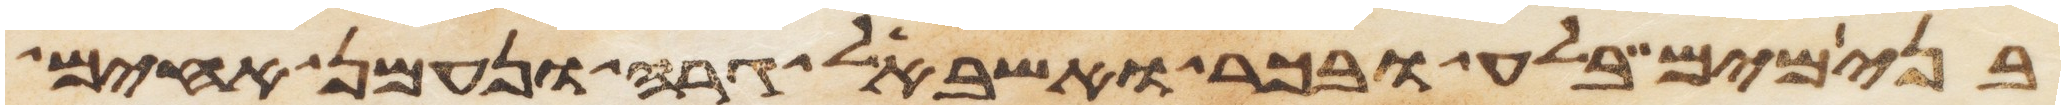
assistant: בנימים בלע ובכר ואשבאל גרה ונעמן אחים